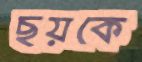
ছয়কে